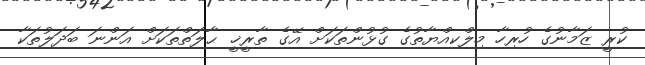
ކުރީ ޒަމާނުގެ ހުރިހާ މިލްކިއްޔާތުގެ ގުޅުންތަކަށް އޭގެ ތާރީޚީ ޙާލަތްތަކަށް އަންނަ ބަދަލުތަކާ